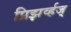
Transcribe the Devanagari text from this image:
प्रिझर्व्हज्